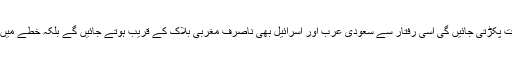
شام میں مغربی اتحادیوں کی کارروائیاں جس قدر شدت پکڑتی جائیں گی اسی رفتار سے سعودی عرب اور اسرائیل بھی ناصرف مغربی بلاک کے قریب ہوتے جائیں گے بلکہ خطے میں بھی ان دونوں ممالک کا باہمی تعاون بڑھتا جائے گا۔